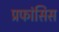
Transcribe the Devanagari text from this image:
प्रफांसिस